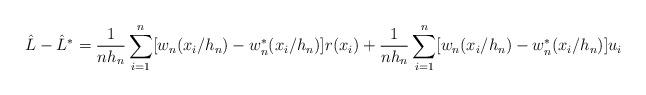
LaTeX: \begin{align*}\hat L-\hat L^*=\frac{1}{nh_n}\sum_{i=1}^n [w_n(x_i/h_n)-w_n^*(x_i/h_n)]r(x_i)+\frac{1}{nh_n}\sum_{i=1}^n [w_n(x_i/h_n)-w_n^*(x_i/h_n)]u_i\end{align*}